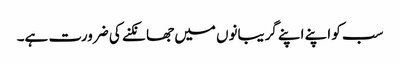
سب کو اپنے اپنے گریبانوں میں جھانکنے کی ضرورت ہے۔